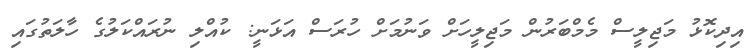
އިދިކޮޅު މަޖިލީސް މެމްބަރުން މަޖިލީހަށް ވަނުމަށް ހުރަސް އަޅަނީ: ކުއްލި ނުރައްކަލުގެ ހާލަތުގައި